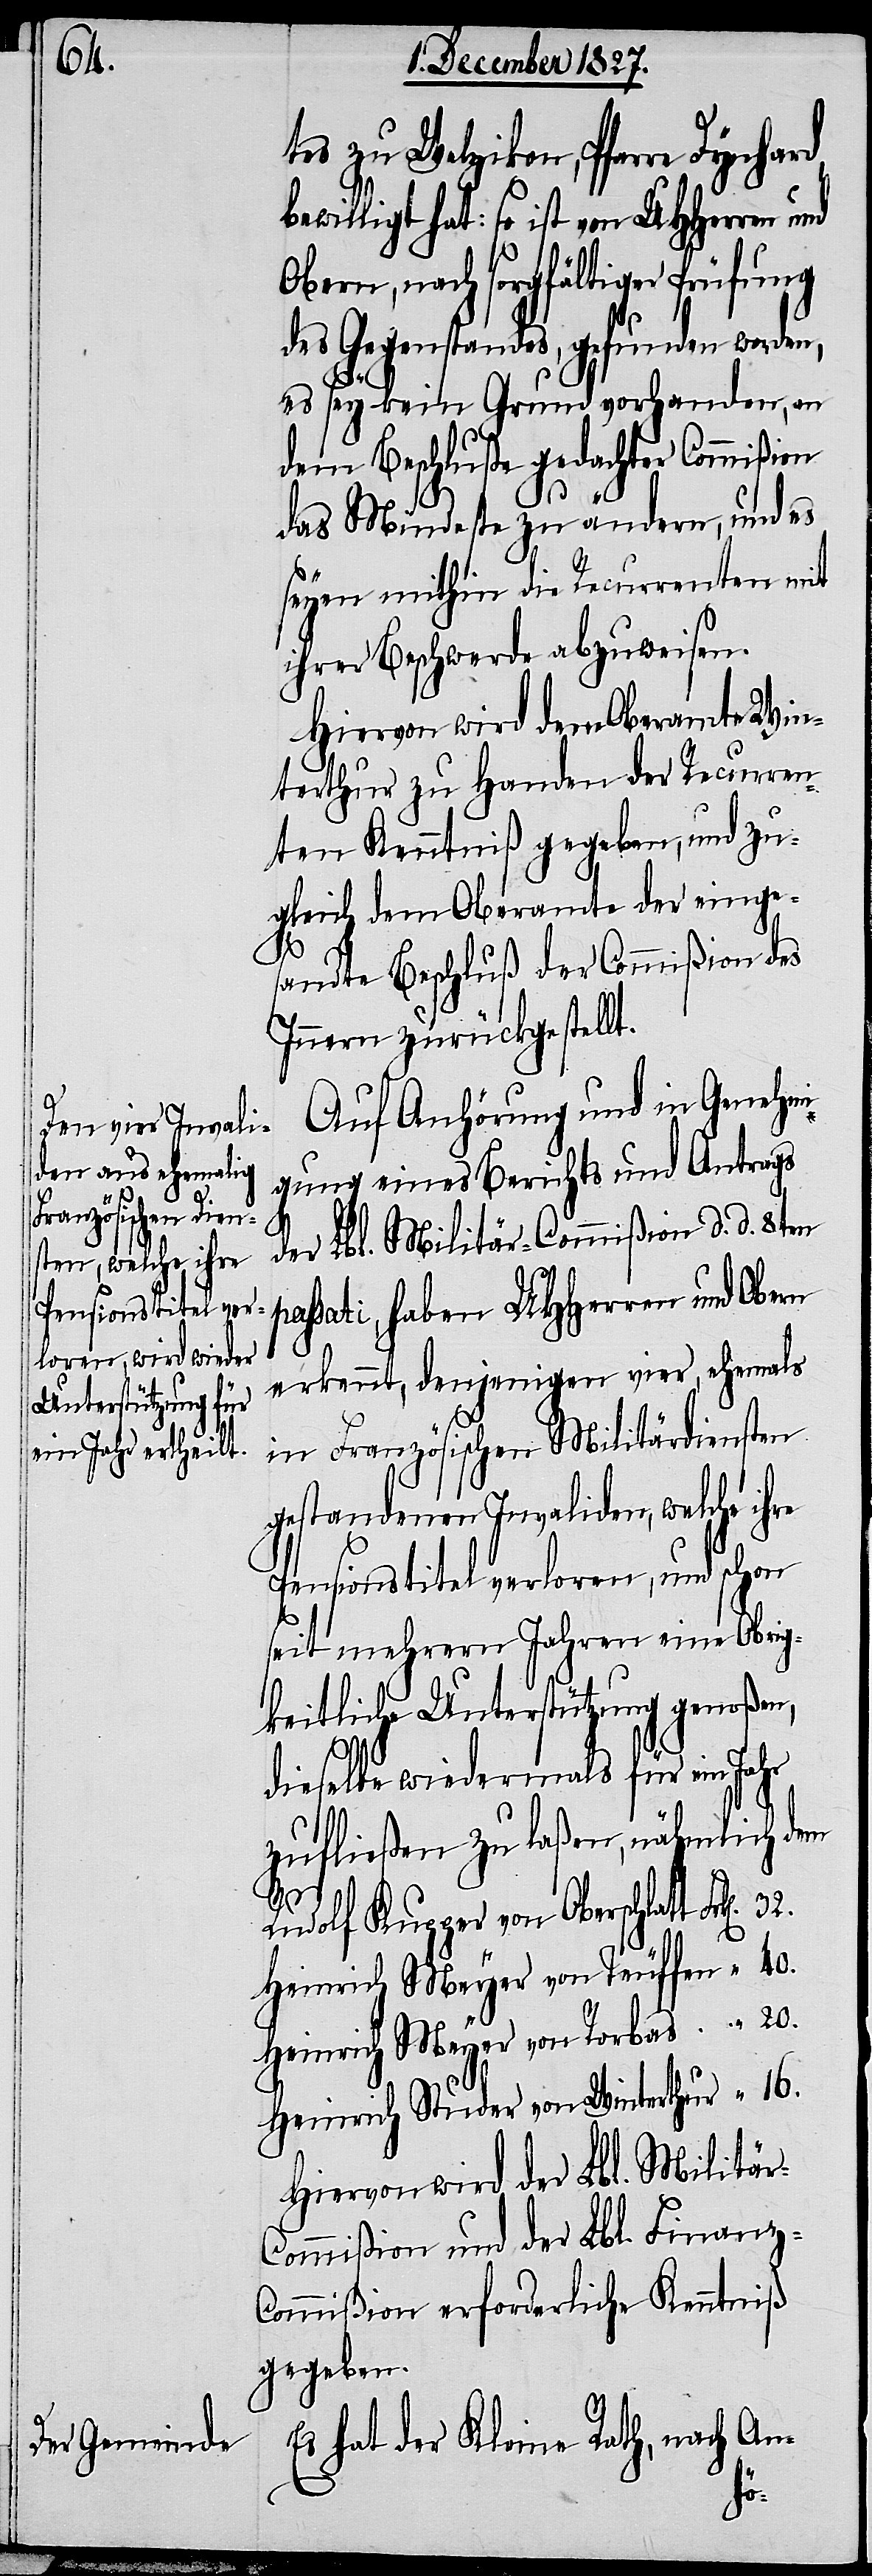
tes zu Welzikon, Pfarre Dynhard,
willigt hat: so ist von UHHerren
Obern, nach sorgfältiger Prüfung
des Gegenstandes, gefunden worden,
es sey kein Grund vorhanden, an
dem Beschluße gedachter Commißion
das Mindeste zu ändern, und es
seyen mithin die Recurrenten mit
ihrer Beschwerde abzuweisen.
Hiervon wird dem Oberamte Win¬
terthur zu Handen der Recurren¬
ten Kenntniß gegeben, und zu¬
gleich dem Oberamte der einge¬
32.
sandte Beschluß der Commißion des
Innern zurückgestellt.
Auf Anhörung und in Genehmi¬
gung eines Berichts und Antrags
p¬
der Lbl. Militär-Commißion d. d. 8ten
assati, haben UHHerren und Obern
erkennt, denjenigen vier, ehemals
in Französischen Militärdiensten
gestandenen Invaliden, welche ihre
Pensionstitel verloren, und schon
seit mehrern Jahren eine Obrig¬
keitliche Unterstützung genoßen,
dieselbe wiedermals für ein Jahr
zufließen zu laßen, nähmlich dem
Rudolf Kupper von Oberschlatt
Heinrich Meyer von Teuffen
Heinrich Meyer von Rorbas
Heinrich Studer von Winterthur
Hiervon wird der Lbl. Militä¬
ommißion und der Lbl. Finanz-C¬
ommißion erforderliche Kenntniß
gegeben.
Es hat der Kleine Rath, nach An-
r-C¬